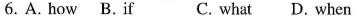
6. A. how B.if C. what D. when